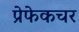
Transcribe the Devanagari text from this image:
प्रेफेकचर